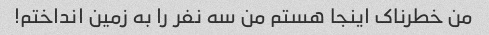
من خطرناک اینجا هستم من سه نفر را به زمین انداختم!